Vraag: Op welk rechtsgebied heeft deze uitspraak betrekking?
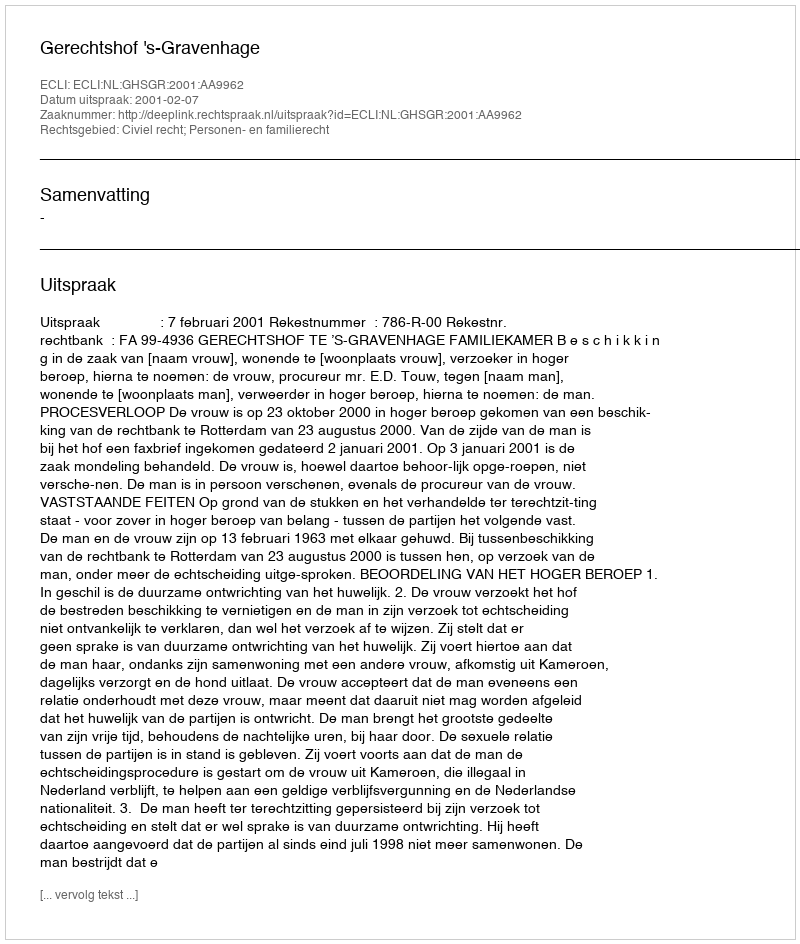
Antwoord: Civiel recht; Personen- en familierecht